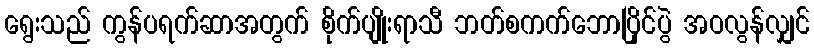
ရွေးသည် ကွန်ပရက်ဆာအတွက် စိုက်ပျိုးရာသီ ဘတ်စကက်ဘောပြိုင်ပွဲ အဝလွန်လျှင်